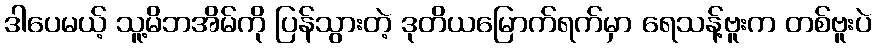
ဒါပေမယ့် သူ့မိဘအိမ်ကို ပြန်သွားတဲ့ ဒုတိယမြောက်ရက်မှာ ရေသန့်ဗူးက တစ်ဗူးပဲ